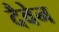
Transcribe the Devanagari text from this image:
दैवेन